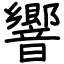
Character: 響